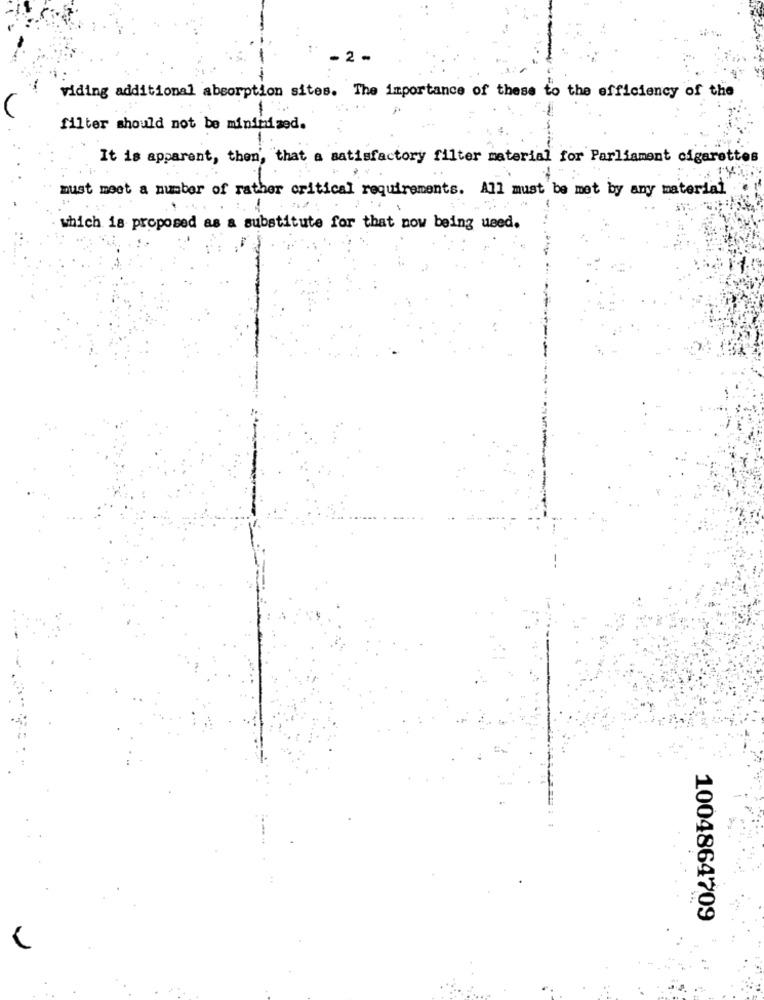
2 -
viding additional absorption sites. The importance of these to the efficiency of the
filter should not be minimized.
It is apparent, then', that a satisfactory filter material for Parliament cigarettes
must meet a number of rather critical requirements. All must be mot by any material
which is proposed as a substitute for that now being used.
1004864709